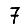
Digit: 7